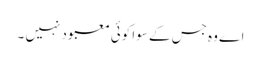
اے وہ جس کے سوا کوئی معبود نہیں ۔